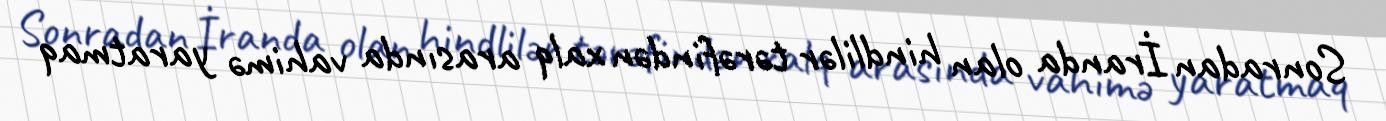
Sonradan İranda olan hindlilər tərəfindən xalq arasında vahimə yaratmaq